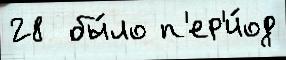
28  бы́ло п'ер'и́од